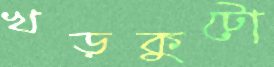
খড়কুটো